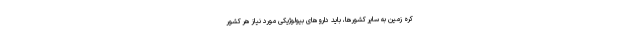
کره زمین به سایر کشورها، باید داروهای بیولوژیکی مورد نیاز هر کشور